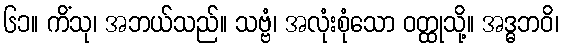
၆၁။ ကိံသု၊ အဘယ်သည်။ သဗ္ဗံ၊ အလုံးစုံသော ဝတ္ထုသို့။ အဒ္ဓဘဝိ၊